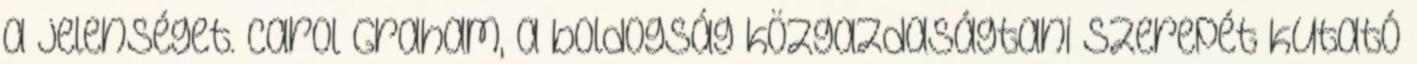
a jelenséget. Carol Graham, a boldogság közgazdaságtani szerepét kutató